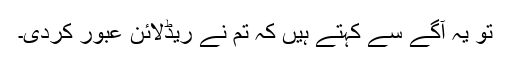
تو یہ آگے سے کہتے ہیں کہ تم نے ریڈلائن عبور کردی۔